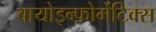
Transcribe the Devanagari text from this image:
बायोइन्फ़ोर्मेटिक्स